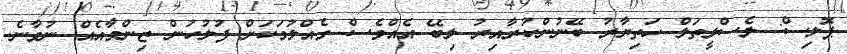
ޕޮލިސް: ލެސްލީތަލް ހަތިޔާރު ބޭނުންކުރާއިރު ލިބޭ އެއްވެސް ގެއްލުމަކަށް ފުލުހުން ޒިންމާއެއް ނުވާނެ.